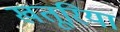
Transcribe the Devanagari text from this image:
खतूरिया